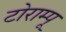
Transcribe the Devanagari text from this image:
टोराम्पू